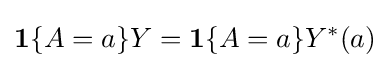
\mathbf {1} \{A=a\}Y=\mathbf {1} \{A=a\}Y^{\ast }(a)